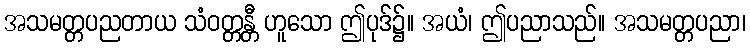
အသမတ္တပညတာယ သံဝတ္တန္တီ ဟူသော ဤပုဒ်၌။ အယံ၊ ဤပညာသည်။ အသမတ္တပညာ၊